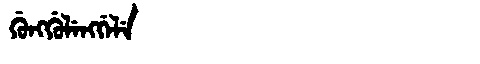
Manchu: ᡤᡠᠩᡤᡠᠯᡝᠩᡤᡝᠯᡝ
Romanization: GUNGGULENGGELE